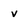
Character: v